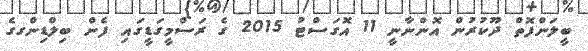
ބީލަންފޮތް ދޫކުރުން އޮންނާނީ 11 އޮގަސްޓު 2015 ގެ ރަސްމީގަޑީގައި ފެން ބިލްޑިންގގެ